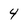
Character: 4